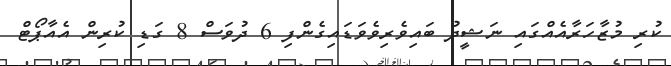
ކުރި މުޒާހަރާއެއްގައި ނަޝީދު ބައިވެރިވެވަޑައިގެންފި 6 ދުވަސް 8 ގަޑި ކުރިން އެއާޕޯޓް